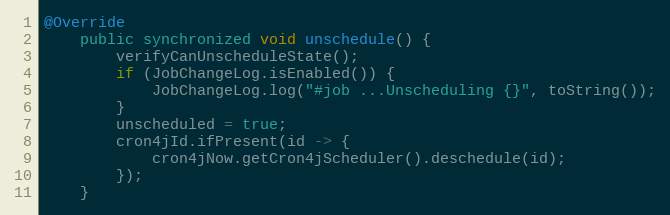
Language: Java
@Override
    public synchronized void unschedule() {
        verifyCanUnscheduleState();
        if (JobChangeLog.isEnabled()) {
            JobChangeLog.log("#job ...Unscheduling {}", toString());
        }
        unscheduled = true;
        cron4jId.ifPresent(id -> {
            cron4jNow.getCron4jScheduler().deschedule(id);
        });
    }